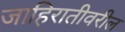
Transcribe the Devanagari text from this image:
जाहिरातीवरील